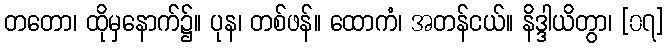
တတော၊ ထိုမှနောက်၌။ ပုန၊ တစ်ဖန်။ ထောကံ၊ အတန်ငယ်။ နိဒ္ဒါယိတွာ၊ [၀၇]